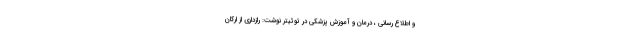
و اطلاع رسانی ، درمان و آموزش پزشکی در توئیتر نوشت: ‌رازداری از ارکان